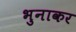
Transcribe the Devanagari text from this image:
भुनाकर